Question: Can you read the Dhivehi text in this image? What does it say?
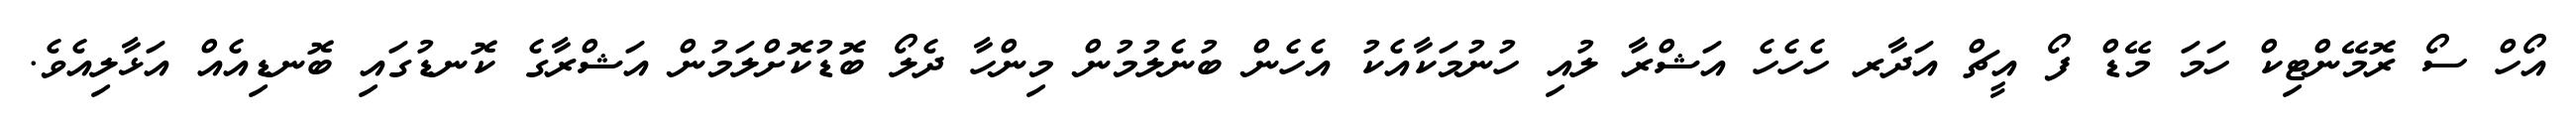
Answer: އޯހް ސޯ ރޮމޭންޓިކް ހަމަ މޭޑް ފޯ އީޗް އަދާރ ހެހެހެ އަޝްރާ ލުއި ހުނުމަކާއެކު އެހެން ބުނެލުމުން މިންހާ ދެލޯ ބޮޑުކޮށްލަމުން އަޝްރާގެ ކޮނޑުގައި ބޮނޑިއެއް އަޅާލިއެވެ.